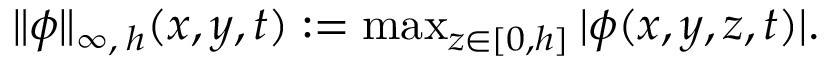
\begin{array} { r } { \| \phi \| _ { \infty , \: h } ( x , y , t ) : = \operatorname* { m a x } _ { z \in [ 0 , h ] } | \phi ( x , y , z , t ) | . } \end{array}